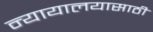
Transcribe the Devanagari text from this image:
न्यायालयासाठी